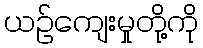
ယဉ်ကျေးမှုတို့ကို